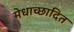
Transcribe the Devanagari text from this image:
मेधाच्छादित